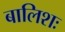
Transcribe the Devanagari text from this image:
बालिशः